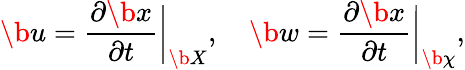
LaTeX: \b u=\frac{\partial\b x}{\partial t}\bigg|_{\b X},\quad\b w=\frac{\partial\b x}{\partial t}\bigg|_{\b\chi},